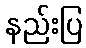
နည်းပြ